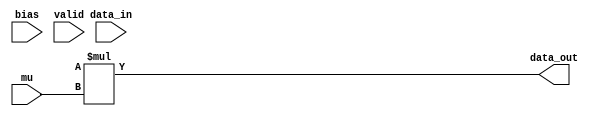
module comb#(
    parameter bitwidth  =32,
	parameter inputBitwidth =16,
	parameter fracBitwidth = 7
)(
    input [bitwidth-1:0]data_in,
    input [inputBitwidth-1:0]bias,
	input [inputBitwidth-1:0]mu,
    input valid,
	
    output [bitwidth-1:0]data_out
);

    wire [bitwidth-1:0] data;
    /*combination logic*/

    //linear regression
    `ifdef LINEAR
    assign data=data_in-bias;
    `endif

    //SVM
    `ifdef SVM
    assign data=((data_in*bias)>=(1<<fracBitwidth))?-bias:0;
    `endif

    //logistic regression
    `ifdef LOGISTIC
    wire[bitwidth-1:0] diff;
    assign diff=data_in-bias;
    sigmoid sigmoid1(
        .in(diff),
        .out(data)
    );
    `endif


    //assign data_out=data&valid;
	assign data_out=data*mu;
endmodule